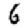
Digit: 6